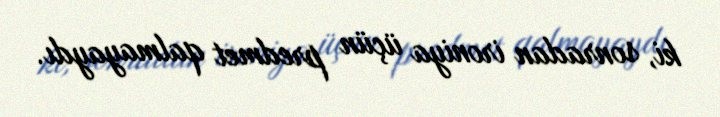
ki, sonradan ironiya üçün predmet qalmayaydı.